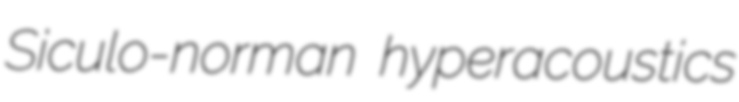
Siculo-norman hyperacoustics